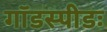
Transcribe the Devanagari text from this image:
गॉडस्पीडः